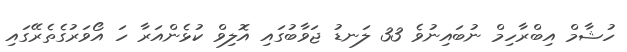
ހުޝާމް އިބްރާހިމް ނުބައިނުވެ 33 ލަނޑު ޖަވާބުގައި އޮލިވް ކުޅެންއަރާ ހަ އޯވަރުގެތެރޭގައި